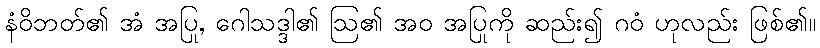
နံဝိဘတ်၏ အံ အပြု, ဂေါသဒ္ဒါ၏ ဩ၏ အဝ အပြုကို ဆည်း၍ ဂဝံ ဟုလည်း ဖြစ်၏။